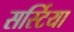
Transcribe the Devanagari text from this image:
सर्स्टिया